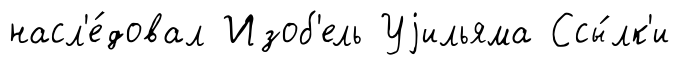
насл'е́довал Изоб'ель Уjильяма Ссы́лк'и